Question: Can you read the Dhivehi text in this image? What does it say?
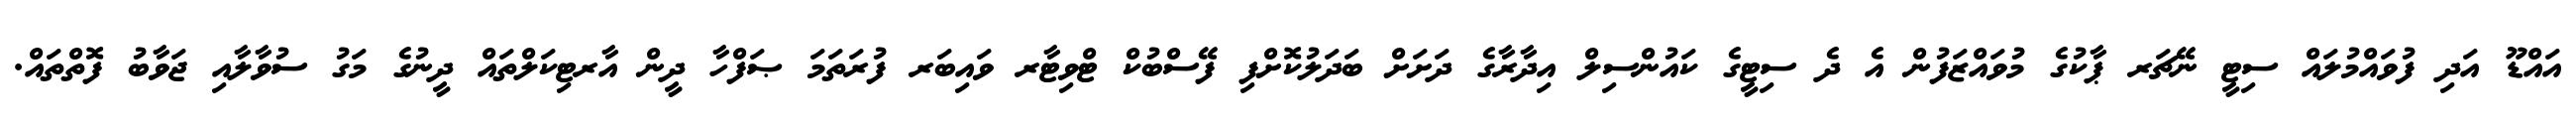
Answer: އައްޑޫ އަދި ފުވައްމުލައް ސިޓީ ނޭޗަރ ޕާކުގެ މުވައްޒަފުން އެ ދެ ސިޓީގެ ކައުންސިލް އިދާރާގެ ދަށަށް ބަދަލުކޮށްފި ފޭސްބުކް ޓްވިޓާރ ވައިބަރ ފުރަތަމަ ޞަފްހާ ދީން އާރޓިކަލްތައް ދީނުގެ މަގު ސުވާލާއި ޖަވާބު ފޮތްތައް.